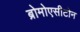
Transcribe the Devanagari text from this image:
ब्रोमोएसीटोन